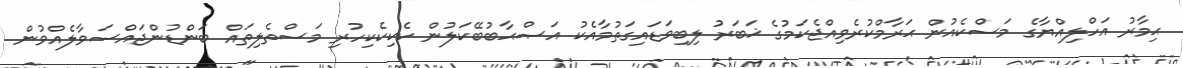
ޙިމާރު އަހްލިއްޔާގެ މަސްކެއުން ޙަރާމްކުރެވިއްޖެކަމުގެ ޚަބަރު ލިބިވަޑައިގަތުމާއެކު އަޞްޙާބުބޭކަލުން ކެކިކެކިހުރި މަސްތެލިތައް ބަންޑުންޖައްސަވާލެއްވުން